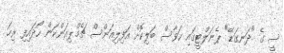
ސީ ގެ "ދަނގަޑޭ" ޕެނަލްޓީގައި ހަވާސް ބަލިކޮށް އަފިލިއަންސް ޗެމްޕިއަންކަން ހޯދައިފި ރިހަ